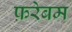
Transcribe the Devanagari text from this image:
फ़रेबम